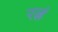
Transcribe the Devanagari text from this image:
रत्नं